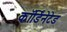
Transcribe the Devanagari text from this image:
कॉर्डिनेटेड